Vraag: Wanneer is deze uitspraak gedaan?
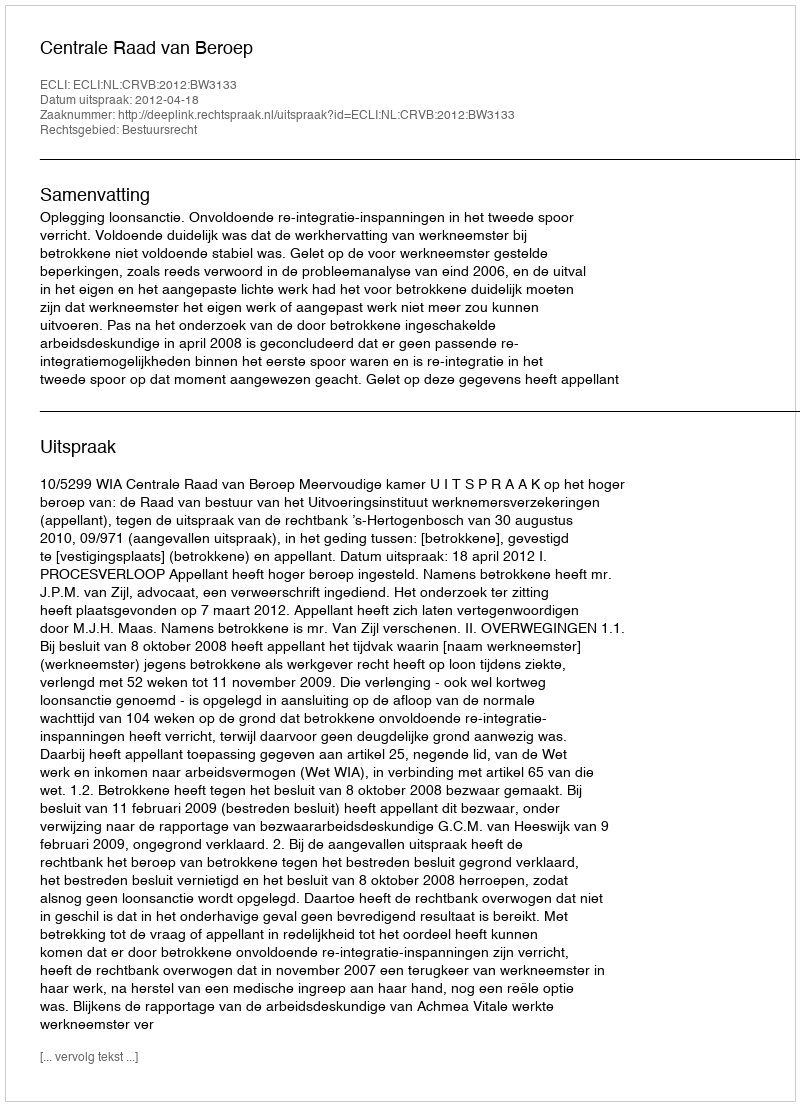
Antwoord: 2012-04-18